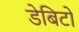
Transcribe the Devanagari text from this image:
डेबिटो